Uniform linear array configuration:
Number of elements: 8
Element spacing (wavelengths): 0.5
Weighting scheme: hamming
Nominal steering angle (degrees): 15
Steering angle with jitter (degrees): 14.384
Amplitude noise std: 0.05
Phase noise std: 0.05

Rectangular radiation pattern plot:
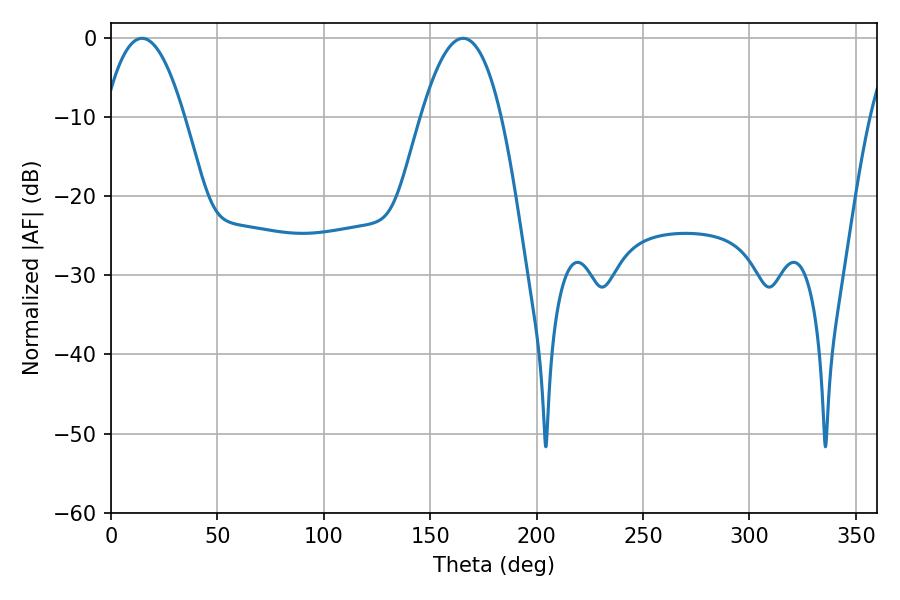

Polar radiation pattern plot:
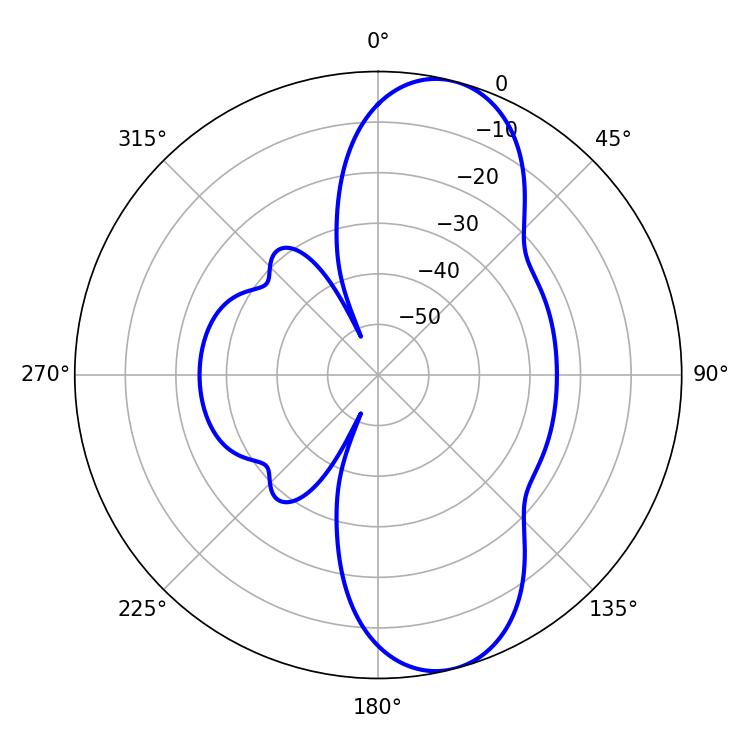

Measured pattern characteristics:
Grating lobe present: FALSE
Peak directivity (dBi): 9.892
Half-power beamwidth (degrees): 20.7
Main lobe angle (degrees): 14.58